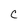
Character: C